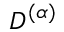
D ^ { ( \alpha ) }